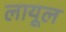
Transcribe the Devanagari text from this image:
लायूल